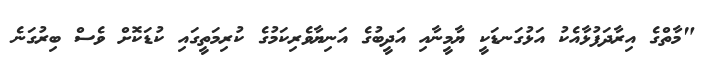
"މާތްގެ އިރާދަފުޅާއެކު އަޅުގަނޑަކީ ޔާމީނާއި އަދީބުގެ އަނިޔާވެރިކަމުގެ ކުރިމަތީގައި ކުޑަކޮށް ވެސް ބިރުގަނެ